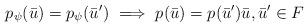
LaTeX: \begin{align*} p_\psi ( \bar{u} ) = p_\psi (\bar{u}^\prime ) ~ \Longrightarrow ~ p ( \bar{u}) = p ( \bar{u}^\prime ) \bar{u}, \bar{u}^\prime \in F\end{align*}